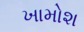
ખામોશ